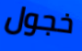
خجول